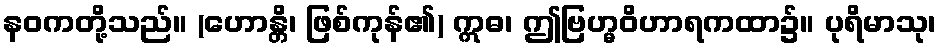
နဝကတို့သည်။ (ဟောန္တိ၊ ဖြစ်ကုန်၏) ဣဓ၊ ဤဗြဟ္မဝိဟာရကထာ၌။ ပုရိမာသု၊